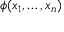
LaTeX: \phi ( x _ { 1 } , \ldots , x _ { n } )